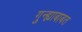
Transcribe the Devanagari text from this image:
गुन्ह्याबाबत